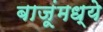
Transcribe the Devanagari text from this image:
बाजूंमध्ये